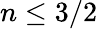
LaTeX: n\leq 3/2